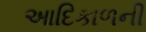
આદિકાળની